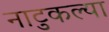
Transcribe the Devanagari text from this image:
नाटुकल्या